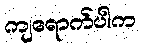
ကျရောက်ပါက